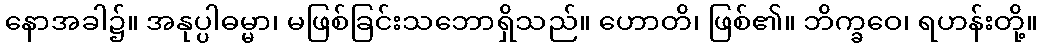
နောအခါ၌။ အနုပ္ပါဓမ္မာ၊ မဖြစ်ခြင်းသဘောရှိသည်။ ဟောတိ၊ ဖြစ်၏။ ဘိက္ခဝေ၊ ရဟန်းတို့။